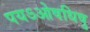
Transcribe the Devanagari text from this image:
पयऽओषधिषु